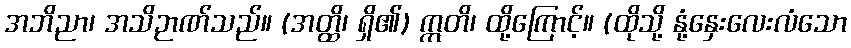
အဘိညာ၊ အသိဉာဏ်သည်။ (အတ္ထိ၊ ရှိ၏) ဣတိ၊ ထို့ကြောင့်။ (ထိုသို့ နုံ့နှေးလေးလံသော